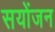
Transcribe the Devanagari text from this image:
सयोंजन